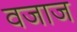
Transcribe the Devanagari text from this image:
वजाज